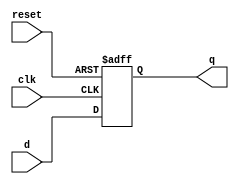
`timescale 1ns/1ps
module dff_asyn_rst(q,d,reset,clk);
input d,reset,clk;
output q;
reg q;

//posedge triggered D-flip flop with asynchronous reset

always @ (posedge clk or posedge reset)
begin
if (reset) //if reset=1 (HIGH)
q=1'b0;
else
q=d;
end
endmodule

module dff_asyn_rsttb();
reg d,reset,clk;
wire q;

dff_asyn_rst dut (q,d,reset,clk);
initial
begin
clk<=1'b0;
d<=1'b0;
reset<=1'b0;

#10 reset=1'b1;
#15 reset=1'b0;
#25 reset=1'b1;
#35 reset=1'b0;
end
always #10 clk=~clk;
always #50 d=~d;
initial 
#200 $finish;
endmodule